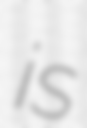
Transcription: is